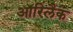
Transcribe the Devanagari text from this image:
ऑरिलैक